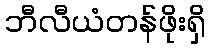
ဘီလီယံတန်ဖိုးရှိ